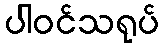
ပါဝင်သရုပ်